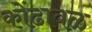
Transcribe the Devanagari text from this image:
कोंढावळ